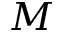
M